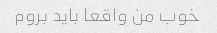
خوب من واقعا باید بروم